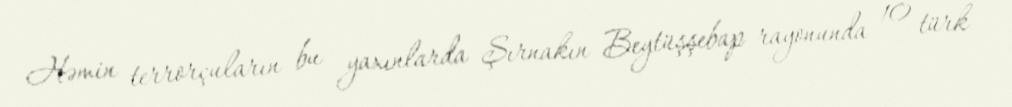
Həmin terrorçuların bu yaxınlarda Şırnakın Beytüşşebap rayonunda 10 türk